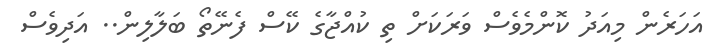
އަހަރެން މިއަދު ކޮންމެވެސް ވަރަކަށް ތި ކުއްޖާގެ ކޭސް ފެނޭތޯ ބަލާލިން.. އަދިވެސް